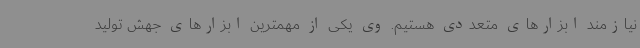
نیازمند ابزارهای متعددی هستیم. وی یکی از مهمترین ابزارهای جهش تولید